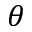
\theta